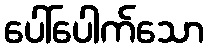
ပေါ်ပေါက်သော